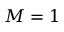
M = 1